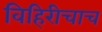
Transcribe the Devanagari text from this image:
विहिरीचाच